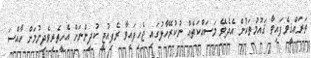
ތަރައްޤީވެފައިވާ ޤައުމުތަކުން އެދެވޭ މަސައްކަތެއް ނުކުރޭހާލުގައި ޖެހިފައިވާ ރެފިއުޖީ ކުދިންނަށް އެހީތެރިވެދިނުމަށް ހާއްސަ